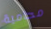
محامية